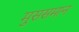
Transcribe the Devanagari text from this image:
मुससमान